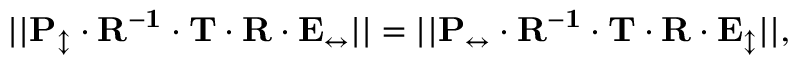
| | \mathbf { P _ { \updownarrow } \cdot R ^ { - 1 } \cdot T \cdot R \cdot E _ { \leftrightarrow } } | | = | | \mathbf { P _ { \leftrightarrow } \cdot R ^ { - 1 } \cdot T \cdot R \cdot E _ { \updownarrow } } | | ,